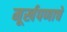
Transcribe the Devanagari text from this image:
मूर्खपणाचे